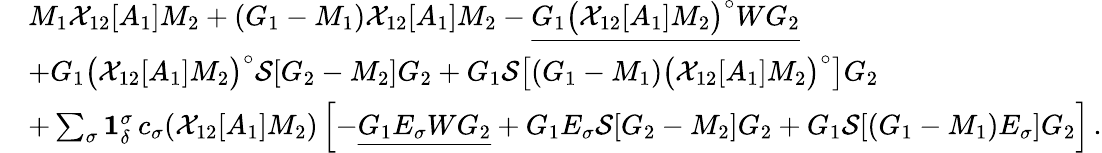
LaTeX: \begin{array}{rl}&{M_{1}\mathcal{X}_{12}[A_{1}]M_{2}+(G_{1}-M_{1})\mathcal{X}_{12}[A_{1}]M_{2}-\underline{{G_{1}\big(\mathcal{X}_{12}[A_{1}]M_{2}\big)^{\circ}WG_{2}}}}\\ &{+G_{1}\big(\mathcal{X}_{12}[A_{1}]M_{2}\big)^{\circ}\mathcal{S}[G_{2}-M_{2}]G_{2}+G_{1}\mathcal{S}\big[(G_{1}-M_{1})\big(\mathcal{X}_{12}[A_{1}]M_{2}\big)^{\circ}\big]G_{2}}\\ &{+\sum_{\sigma}\mathbf{1}_{\delta}^{\sigma}\, c_{\sigma}(\mathcal{X}_{12}[A_{1}]M_{2})\left[-\underline{{G_{1}E_{\sigma}WG_{2}}}+G_{1}E_{\sigma}\mathcal{S}[G_{2}-M_{2}]G_{2}+G_{1}\mathcal{S}[(G_{1}-M_{1})E_{\sigma}]G_{2}\right]\, .}\end{array}